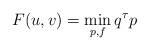
LaTeX: \begin{align*} F(u,v) = \min_{p,f} q^\tau p \end{align*}